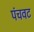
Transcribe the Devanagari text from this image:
पंचवट